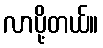
လာပို့တယ်။